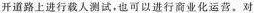
开道路上进行载人测试，也可以进行商业化运营。对